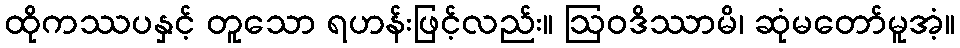
ထိုကဿပနှင့် တူသော ရဟန်းဖြင့်လည်း။ ဩဝဒိဿာမိ၊ ဆုံမတော်မူအံ့။